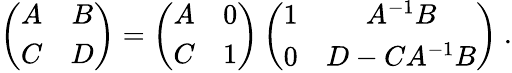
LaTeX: \left(\begin{array}{cc}{{A}}&{{B}}\\ {{C}}&{{D}}\end{array}\right)=\left(\begin{array}{cc}{{A}}&{{0}}\\ {{C}}&{{1}}\end{array}\right)\left(\begin{array}{cc}{{1}}&{{A^{-1}B}}\\ {{0}}&{{D-CA^{-1}B}}\end{array}\right)~.